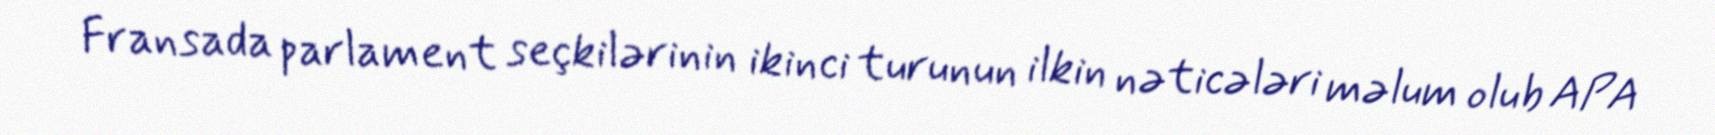
Fransada parlament seçkilərinin ikinci turunun ilkin nəticələri məlum olub APA